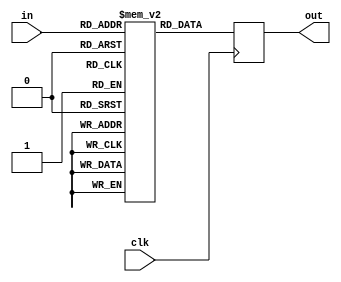
module location_memory(in,out,clk);
input[5:0] in;
input clk;
output reg[7:0] out;
reg[7:0] mem[0:63];
always @(posedge clk) begin
    if(in==8'hFF)out<={8{1'b1}};
    else begin
      out<=mem[in];
    end
end
endmodule
module location_memory_counter(out,clr,clk,com);
input clk,clr;
output reg com;
output[5:0] out;
reg[5:0] counter;
assign out=counter;
always @(posedge clk) begin
    if(clr)begin counter<=6'b000000;com<=1'b0; end
    else if(counter==6'b101100)begin counter<=6'b000000;com<=1'b1; end
    else begin counter<=counter+1;com<=1'b0; end
end
endmodule
module location_to_index(base_address,location_memory_out,memory_in);
parameter  N=32;
parameter M=256;
parameter width = 8;
parameter row = 5;
input[width-1:0] base_address;
input[width-1:0] location_memory_out;
output reg[width-1:0] memory_in;
always @(*) begin
    if(location_memory_out==8'b11111111)memory_in<=8'b11111111;
    else begin
      memory_in<={4'b0000,location_memory_out[7:4]}*row+{4'b0000,location_memory_out[3:0]};
    end
end
endmodule
module memory(index,data_in,clk);
parameter width =8;
parameter N = 32;
input clk;
input[width-1:0] index;
input[N-1:0] data_in;
reg[N-1:0] mem[0:256];
always @(posedge clk) begin
    if(index==8'b11111111)mem[index]<=8'b00000000;
    else mem[index]<=data_in;
end
endmodule
module mux(sel,out,in0,in1,in2,in3,in4);
parameter N =32;
input[2:0] sel;
output reg[N-1:0] out;
input[N-1:0] in0,in1,in2,in3,in4;
always @(*) begin
    case(sel)
    3'b000:out<=in0;
    3'b001:out<=in1;
    3'b010:out<=in2;
    3'b011:out<=in3;
    3'b100:out<=in4;
    default:begin out<={8{1'b0}};end
    endcase
end
endmodule
module mux_counter(out,clr,clk);
input clk,clr;
output[2:0] out;
reg[2:0] counter;
assign out=counter;
always @(posedge clk) begin
    if(clr)counter<=6'b000;
    else if(counter==6'b100)counter<=6'b000;
    else counter<=counter+1;
end
endmodule
module computational_block(LM_clr,mux_clr,com,base_address,clk,in0,in1,in2,in3,in4);
input LM_clr,mux_clr,clk;
output com;
input[7:0] base_address;
input[31:0] in0,in1,in2,in3,in4;
wire[5:0] LM_counter_out;
wire[7:0] LM_data;
wire[7:0] mem_address;
wire[31:0] mem_data;
wire[2:0] mux_sel;
location_memory_counter LMC(LM_counter_out,LM_clr,clk,com);
location_memory LM(LM_counter_out,LM_data,clk);
location_to_index LtoI(base_address,LM_data,mem_address);
memory MEM(mem_address,mem_data,clk);
mux_counter DMC(mux_sel,mux_clr,clk);
mux DM(mux_sel,mem_data,in0,in1,in2,in3,in4);
endmodule
module controller(init,com,base_address_in,LM_clr,mux_clr,base_address,clk);
input init,com,clk;
input[7:0] base_address_in;
output reg LM_clr,mux_clr;
output reg[7:0] base_address;
reg[1:0] state;
parameter  S0=2'b00,S1=2'b01,S2=2'b10,S3=2'b11;
always @(posedge clk) begin
    case(state)
    S0:state<=init?S1:S0;
    S1:state<=S2;
    S2:state<=com?S0:S2;
   // S3:state<=com?S0:S3;
    endcase
end
always @(state) begin
    case(state)
    S0:begin LM_clr<=1'b1;mux_clr<=1'b1;base_address<=base_address_in; end
    S1:begin LM_clr<=1'b0;mux_clr<=1'b1; end
    S2:begin LM_clr<=1'b0;mux_clr<=1'b0; end
    //S3:begin LM_clr<=1'b0;mux_clr<=1'b0; end
    endcase
end
endmodule
module SA_MEM(init,com,base_address,clk,in0,in1,in2,in3,in4);
input init,clk;
output com;
input[7:0] base_address;
input[31:0] in0,in1,in2,in3,in4;
wire LM_clr,mux_clr;
wire[7:0] base_address_ctrl;
wire complete;
assign com=complete;
computational_block CB(LM_clr,mux_clr,complete,base_address_ctrl,clk,in0,in1,in2,in3,in4);
controller CN(init,complete,base_address,LM_clr,mux_clr,base_address_ctrl,clk);
endmodule